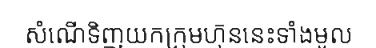
សំណើទិញយកក្រុមហ៊ុននេះទាំងមូល